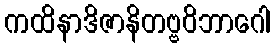
ကထိနာဒိဇာနိတဗ္ဗဝိဘာဂေါ